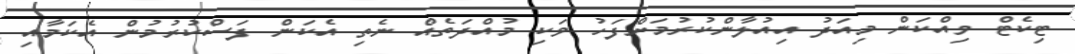
ޓިކެޓް ވިއްކަން މިއަދު އިއުލާންކުރުމަށްފަހު ވަކި މުއްދަތެއް ނެތި އެކަން ފަސްކުރުމުން އެކަމާއި